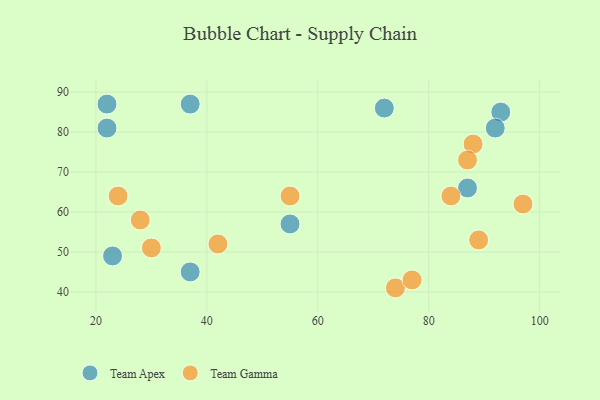
{"axis": {"x": "GDP", "y": "Life Expectancy"}, "legend": ["Team Apex", "Team Gamma"], "data": [{"x": "93", "y": 85, "type": "Team Apex"}, {"x": "22", "y": 87, "type": "Team Apex"}, {"x": "55", "y": 57, "type": "Team Apex"}, {"x": "72", "y": 86, "type": "Team Apex"}, {"x": "37", "y": 87, "type": "Team Apex"}, {"x": "37", "y": 45, "type": "Team Apex"}, {"x": "22", "y": 81, "type": "Team Apex"}, {"x": "23", "y": 49, "type": "Team Apex"}, {"x": "87", "y": 66, "type": "Team Apex"}, {"x": "92", "y": 81, "type": "Team Apex"}, {"x": "42", "y": 52, "type": "Team Gamma"}, {"x": "24", "y": 64, "type": "Team Gamma"}, {"x": "74", "y": 41, "type": "Team Gamma"}, {"x": "97", "y": 62, "type": "Team Gamma"}, {"x": "88", "y": 77, "type": "Team Gamma"}, {"x": "77", "y": 43, "type": "Team Gamma"}, {"x": "30", "y": 51, "type": "Team Gamma"}, {"x": "28", "y": 58, "type": "Team Gamma"}, {"x": "55", "y": 64, "type": "Team Gamma"}, {"x": "84", "y": 64, "type": "Team Gamma"}, {"x": "87", "y": 73, "type": "Team Gamma"}, {"x": "89", "y": 53, "type": "Team Gamma"}]}